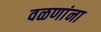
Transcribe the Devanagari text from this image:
वळणांना